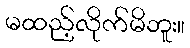
မထည့်လိုက်မိဘူး။